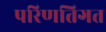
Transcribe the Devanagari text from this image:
परिणतिगत